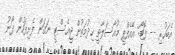
އެބަހުރި -- ފޮޓޯ: އޭއެފްޕީ މުއާސަލާތީ ހިދުމަތުން ޖީއެސްޓީ ނަގަން ފެށިފަހުން ފޯނު